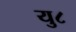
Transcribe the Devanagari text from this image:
यु८